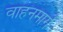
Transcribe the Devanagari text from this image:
वाहनमार्ग